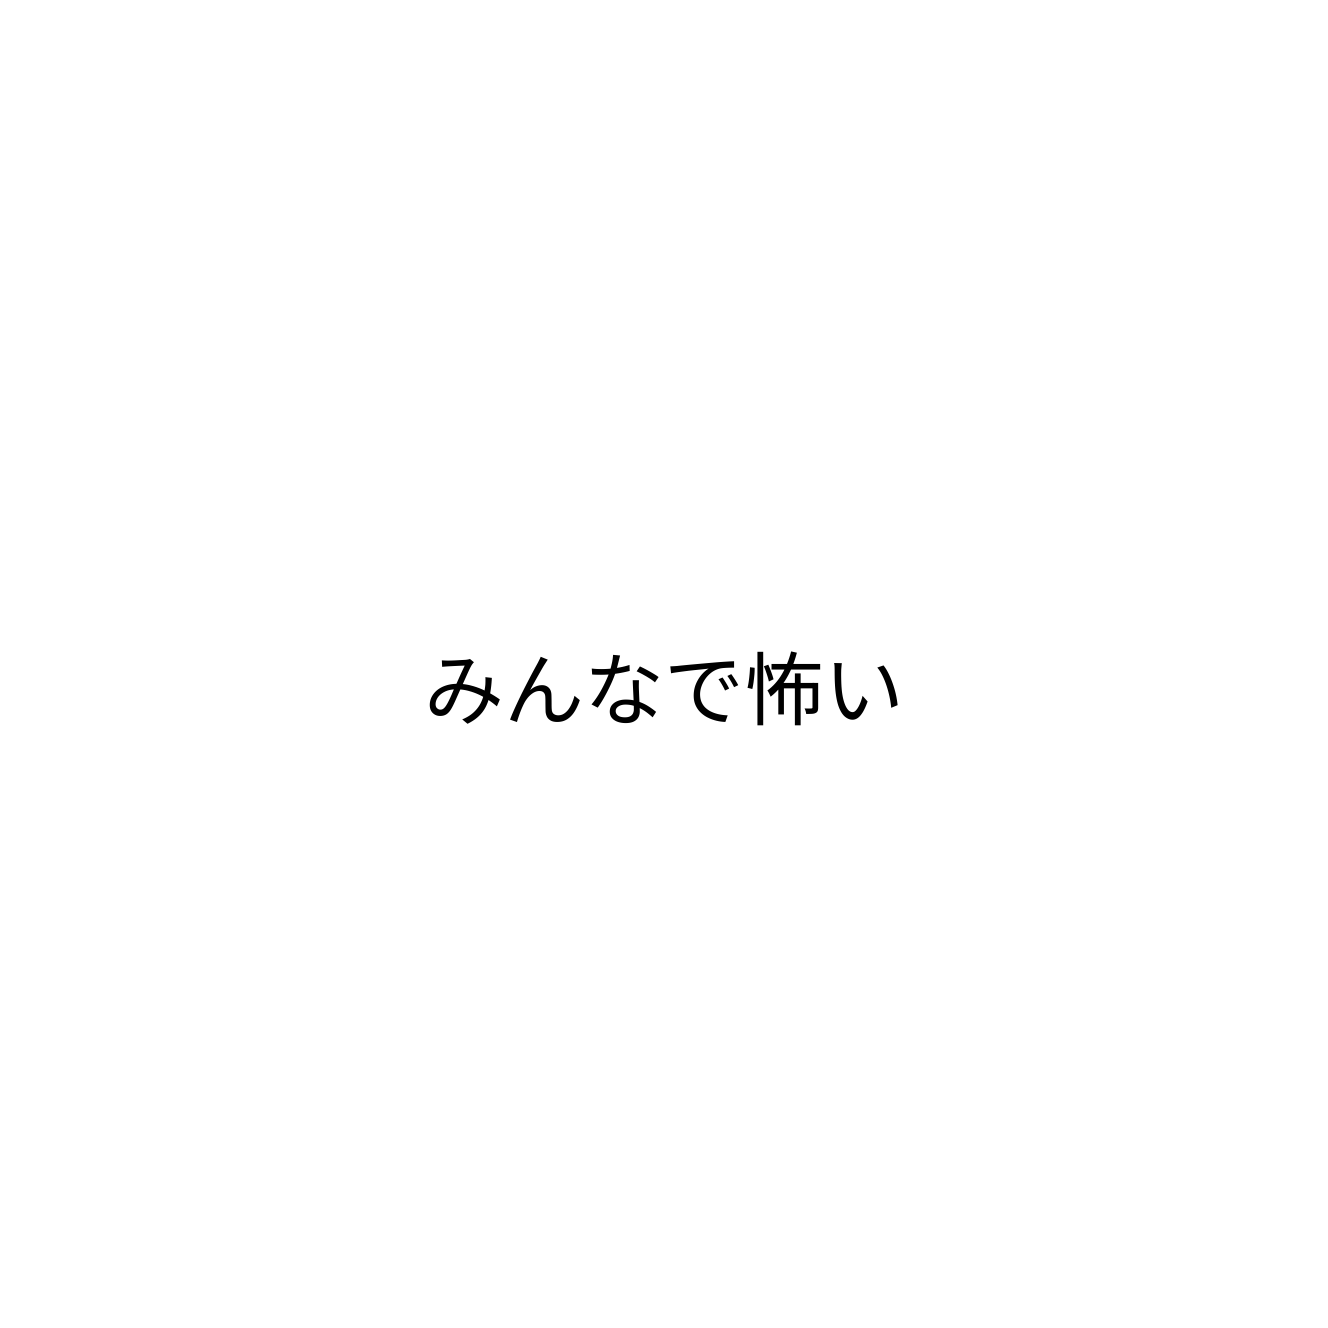
みんなで怖い